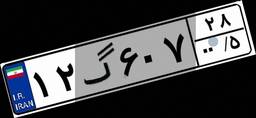
۱۲گ۶۰۷۲۸